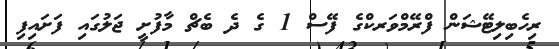
ރިހެބިލިޓޭޝަން ފްރޭމްވަރކްގެ ފޭސް 1 ގެ ދެ ބެޗް މާފުށީ ޖަލުގައި ފަށައިފި